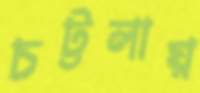
চট্টলায়